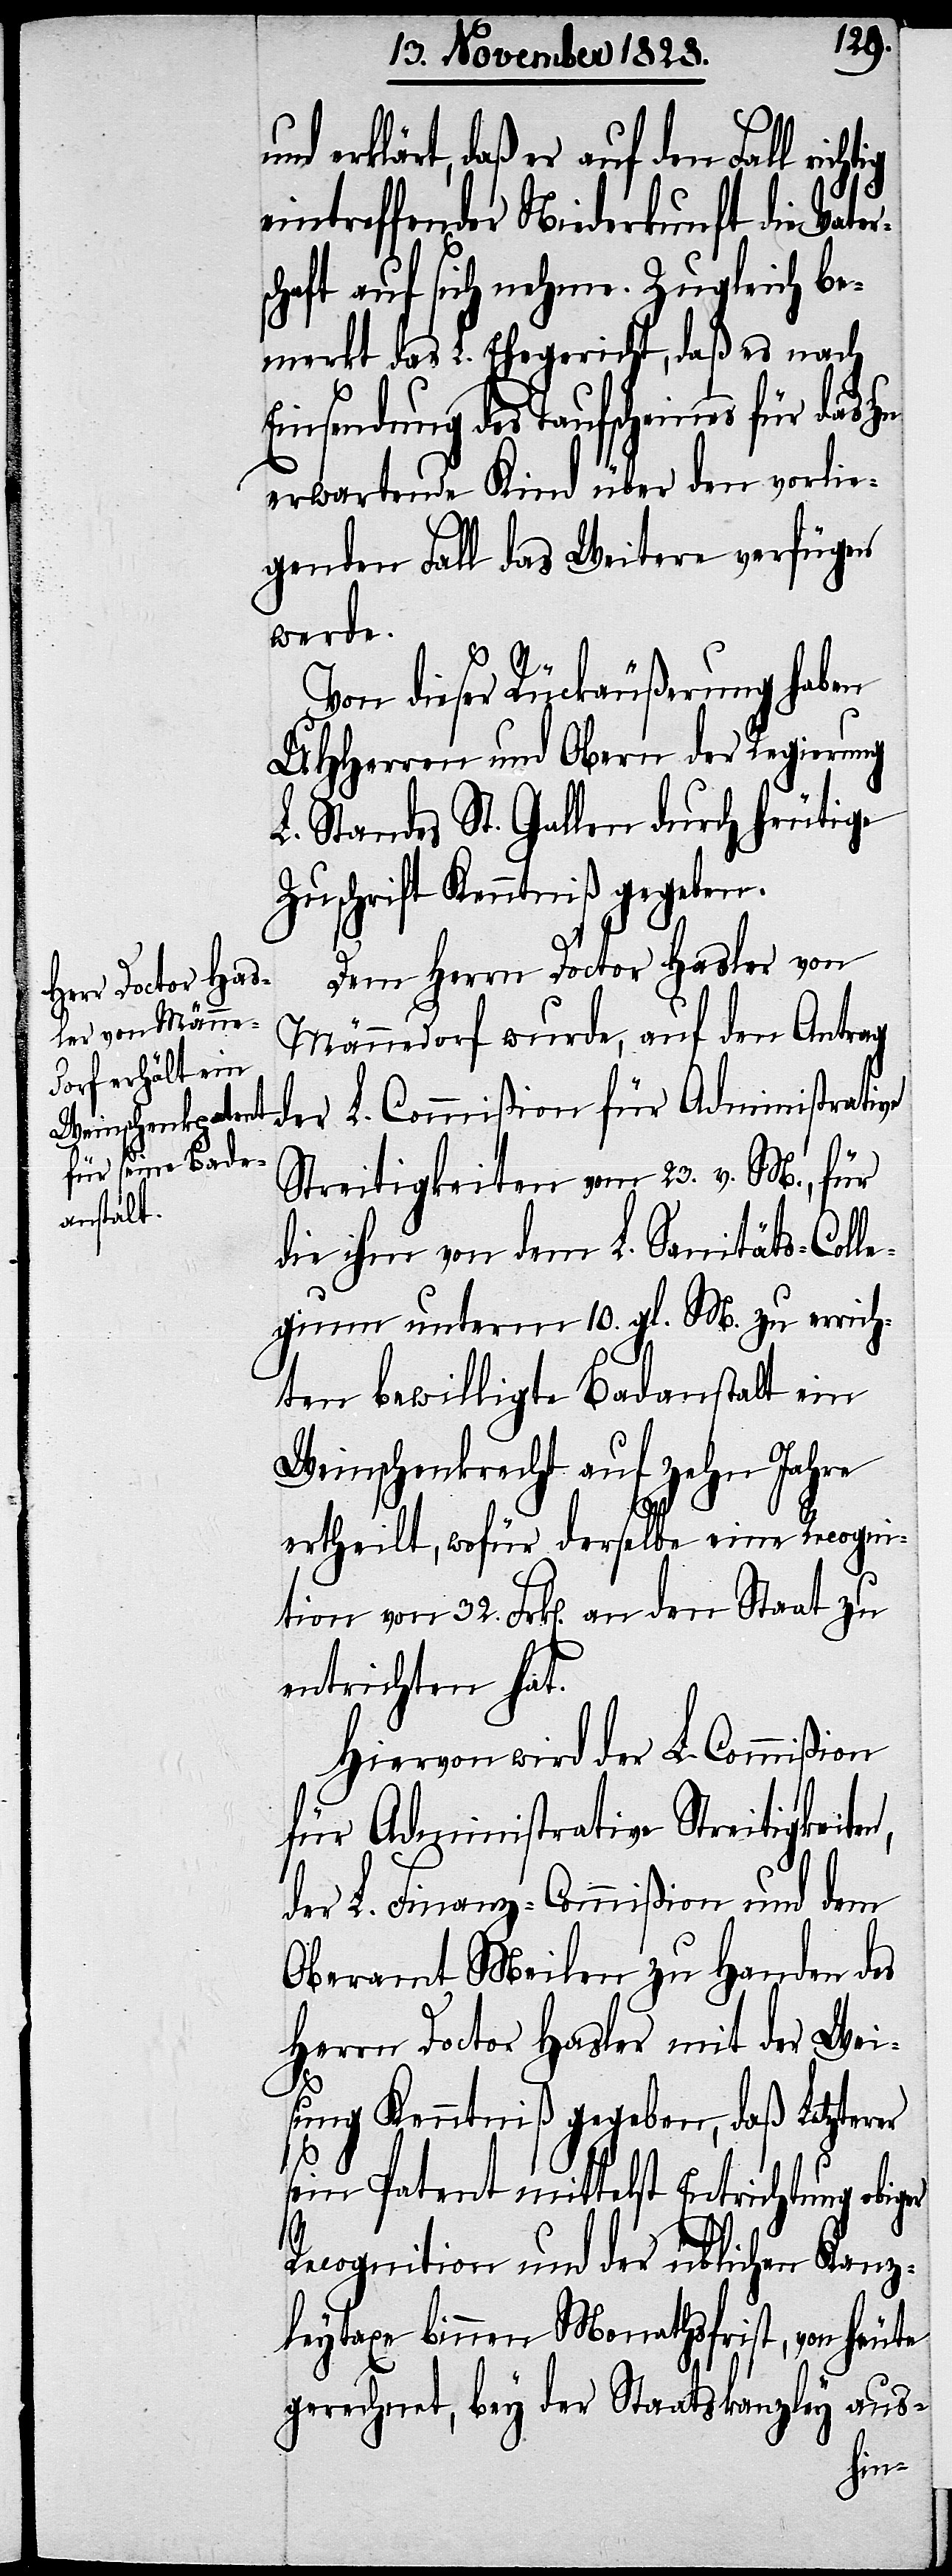
nd erklärt, daß er auf den Fall rich¬
eintreffender Niederkunft die Vat¬
schaft auf sich nehme. Zugleich be¬
merkt das L. Ehegericht, daß es nach
Einsendung des Taufscheines für das
erwartende Kind über den vorlie¬
genden Fall das Weitere verfügen
werde.
Von dieser Rückäußerung haben
UHHerren und Obern der Regierung
L. Standes St. Gallen durch heutige
Zuschrift Kenntniß gegeben.
n,
Dem Herrn Doctor Hasler von
Männedorf wurde, auf den Antrag
der L. Commißion für Administrative
Streitigkeiten vom 23. v. M., für
die ihm von dem L. Sanitäts-Coll¬
egium unterm 10. gl. M. zu errich¬
ten bewilligte Badanstalt ein
Weinschenkrecht auf zehn Jahre
L.
ertheilt, wofür derselbe eine Recogni¬
tion von 32. Frk[en]. an den Staat zu
entrichten hat.
Hiervon wird der L. Commißion
für Administrative Streitigkeite¬
Oberamt Meilen zu Handen des
Herrn Doctor Hasler mit der Wei¬
sung Kenntniß gegeben, daß Letzterer
sein Patent mittelst Entrichtung obiger
Recognition und der üblichen Kanz¬
leytaxe binnen Monathsfrist, von heute
gerechnet, bey der Staatskanzley aus-